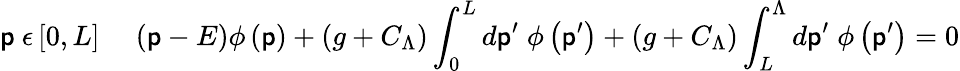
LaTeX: \mathsf{p}\ \epsilon\left[0,L\right]\; \; \; \; \left(\mathsf{p}-E\right)\phi\left(\mathsf{p}\right)+\left(g+C_{\Lambda}\right)\int_{0}^{L}d\mathsf{p}^{\prime}\; \phi\left(\mathsf{p}^{\prime}\right)+\left(g+C_{\Lambda}\right)\int_{L}^{\Lambda}d\mathsf{p}^{\prime}\; \phi\left(\mathsf{p}^{\prime}\right)=0